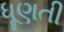
ધૂણતી